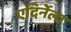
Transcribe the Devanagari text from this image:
एदिर्नेला